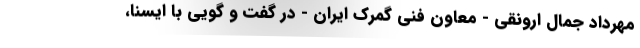
مهرداد جمال ارونقی - معاون فنی گمرک ایران - در گفت و گویی با ایسنا،